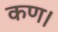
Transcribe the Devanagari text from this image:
कण।